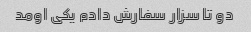
دو تا سزار سفارش دادم یکی اومد